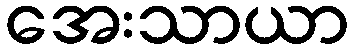
အေးသာယာ